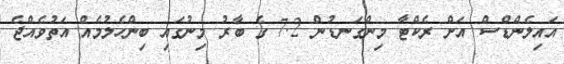
އައިލެންޑްސް އަށް ރެކްޓާ މިންގަނޑުން 7.2 ގެ ބާރު މިނުގައި ބިންހެލުމެއް އަތުވެއްޖެ